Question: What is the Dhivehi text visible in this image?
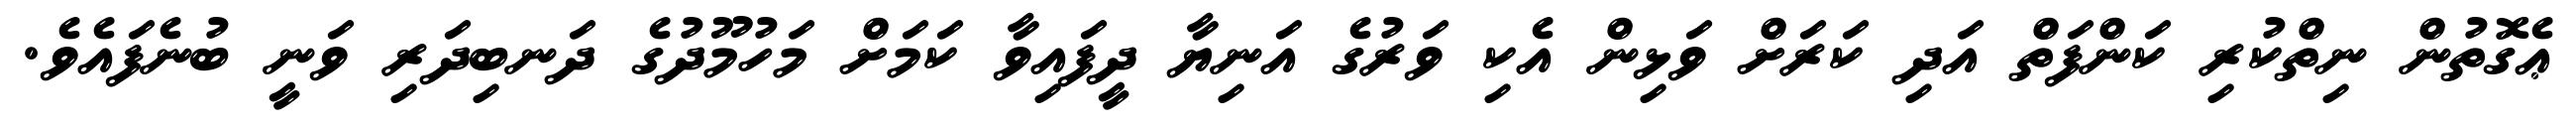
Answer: ޢެގޮތުން ނިތްކުރި ކަންފަތް އަދި ކަރަށް ވަޅިން އެކި ވަރުގެ އަނިޔާ ދީފައިވާ ކަމަށް މަހުމޫދުގެ ދަނބިދަރި ވަނީ ބުނެފައެވެ.